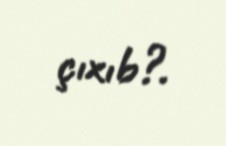
çıxıb?.